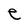
Character: e